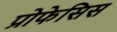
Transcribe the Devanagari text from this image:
प्रोफेसिस